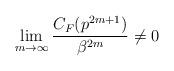
LaTeX: \begin{align*}\displaystyle\lim _{m\rightarrow \infty }\dfrac{C_{F}( p^{2m+1}) }{\beta ^{2m}} \not=0\end{align*}